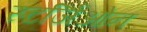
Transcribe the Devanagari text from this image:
स्टर्जिओन